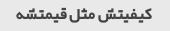
کیفیتش مثل قیمتشه